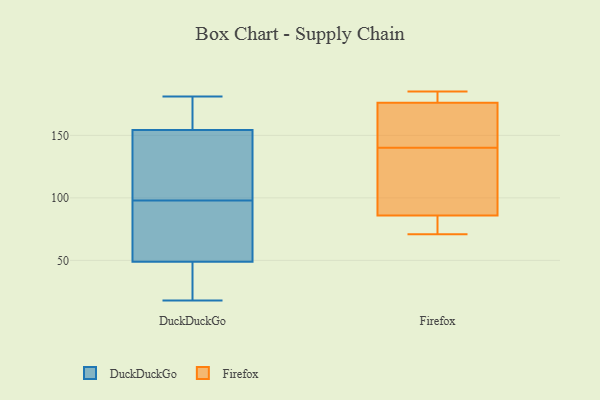
{"axis": {"x": "Gross Profit (USD K)", "y": "Value"}, "legend": ["DuckDuckGo", "Firefox"], "data": [{"x": "", "y": 98, "type": "DuckDuckGo"}, {"x": "", "y": 172, "type": "DuckDuckGo"}, {"x": "", "y": 156, "type": "DuckDuckGo"}, {"x": "", "y": 92, "type": "DuckDuckGo"}, {"x": "", "y": 22, "type": "DuckDuckGo"}, {"x": "", "y": 44, "type": "DuckDuckGo"}, {"x": "", "y": 18, "type": "DuckDuckGo"}, {"x": "", "y": 121, "type": "DuckDuckGo"}, {"x": "", "y": 100, "type": "DuckDuckGo"}, {"x": "", "y": 181, "type": "DuckDuckGo"}, {"x": "", "y": 180, "type": "DuckDuckGo"}, {"x": "", "y": 18, "type": "DuckDuckGo"}, {"x": "", "y": 72, "type": "DuckDuckGo"}, {"x": "", "y": 64, "type": "DuckDuckGo"}, {"x": "", "y": 149, "type": "DuckDuckGo"}, {"x": "", "y": 176, "type": "Firefox"}, {"x": "", "y": 79, "type": "Firefox"}, {"x": "", "y": 111, "type": "Firefox"}, {"x": "", "y": 139, "type": "Firefox"}, {"x": "", "y": 71, "type": "Firefox"}, {"x": "", "y": 146, "type": "Firefox"}, {"x": "", "y": 183, "type": "Firefox"}, {"x": "", "y": 86, "type": "Firefox"}, {"x": "", "y": 141, "type": "Firefox"}, {"x": "", "y": 185, "type": "Firefox"}]}